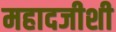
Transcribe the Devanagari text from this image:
महादजीशी